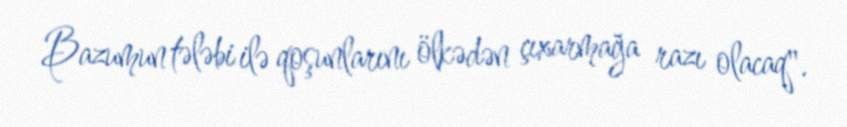
Bazumun tələbi ilə qoşunlarını ölkədən çıxarmağa razı olacaq".